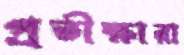
প্রতীক্ষারা